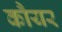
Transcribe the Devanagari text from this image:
कौयर